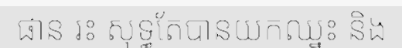
ផាន រះ សុទ្ធតែបានយកឈ្នះ និង